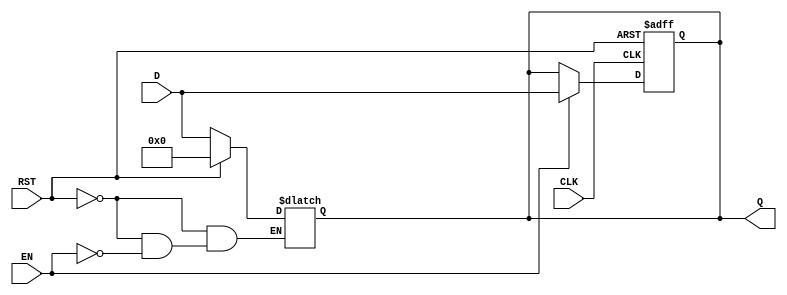
module BarrierRegister #(
    parameter DATA_WIDTH = 8  // Parameter for data width, can be changed as needed
)(
    input wire [DATA_WIDTH-1:0] D,  // Data inputs
    input wire EN,                   // Enable signal
    input wire CLK,                  // Clock signal
    input wire RST,                  // Asynchronous reset signal
    output reg [DATA_WIDTH-1:0] Q   // Data outputs
);

    // Always block for asynchronous reset and clocking behavior
    always @(*) begin
        if (RST) begin
            Q = {DATA_WIDTH{1'b0}};  // Clear output to zero on reset
        end else if (EN) begin
            Q = D;                   // Latch input data on clock edge if enabled
        end
        // If EN is low, maintain the current output value (implicit)
    end

    // Clock edge sensitivity
    always @(posedge CLK or posedge RST) begin
        if (RST) begin
            Q <= {DATA_WIDTH{1'b0}};  // Clear output to zero on reset
        end else if (EN) begin
            Q <= D;                   // Latch input data on clock edge if enabled
        end
        // If EN is low, retain current state (implicit)
    end

endmodule